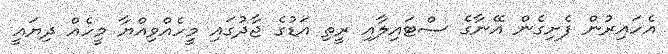
އެހައިރުން ފެށިގެން އޭނާގެ ސްޓައިލާއި ރީތި އަޑުގެ ޖާދުގައި މީހެއްވިއްޔާ މީހެއް ދިޔައީ